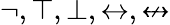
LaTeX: \neg,\top,\bot,\leftrightarrow,\nleftrightarrow